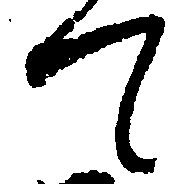
て